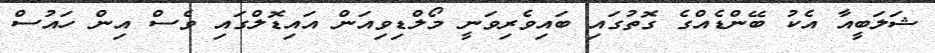
ޝަލަބީއާ އެކު ބޭންޑެއްގެ ގޮތުގައި ބައިވެރިވަނީ މޯލްޑިވިއަން އައިޑޮލްގައި ވެސް އިން ހައުސް